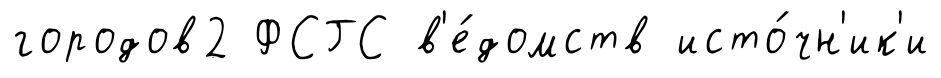
городов2 ФСГС в'е́домств исто́чн'ик'и